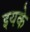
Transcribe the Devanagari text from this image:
इयके